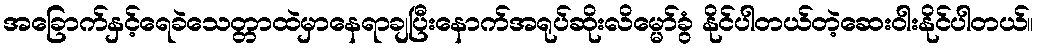
အခြောက်နှင့်ရေခဲသေတ္တာထဲမှာနေရာချပြီးနောက်အရုပ်ဆိုးလိမ္မော်ခွံ နိုင်ပါတယ်တဲ့ဆေးဝါးနိုင်ပါတယ်။